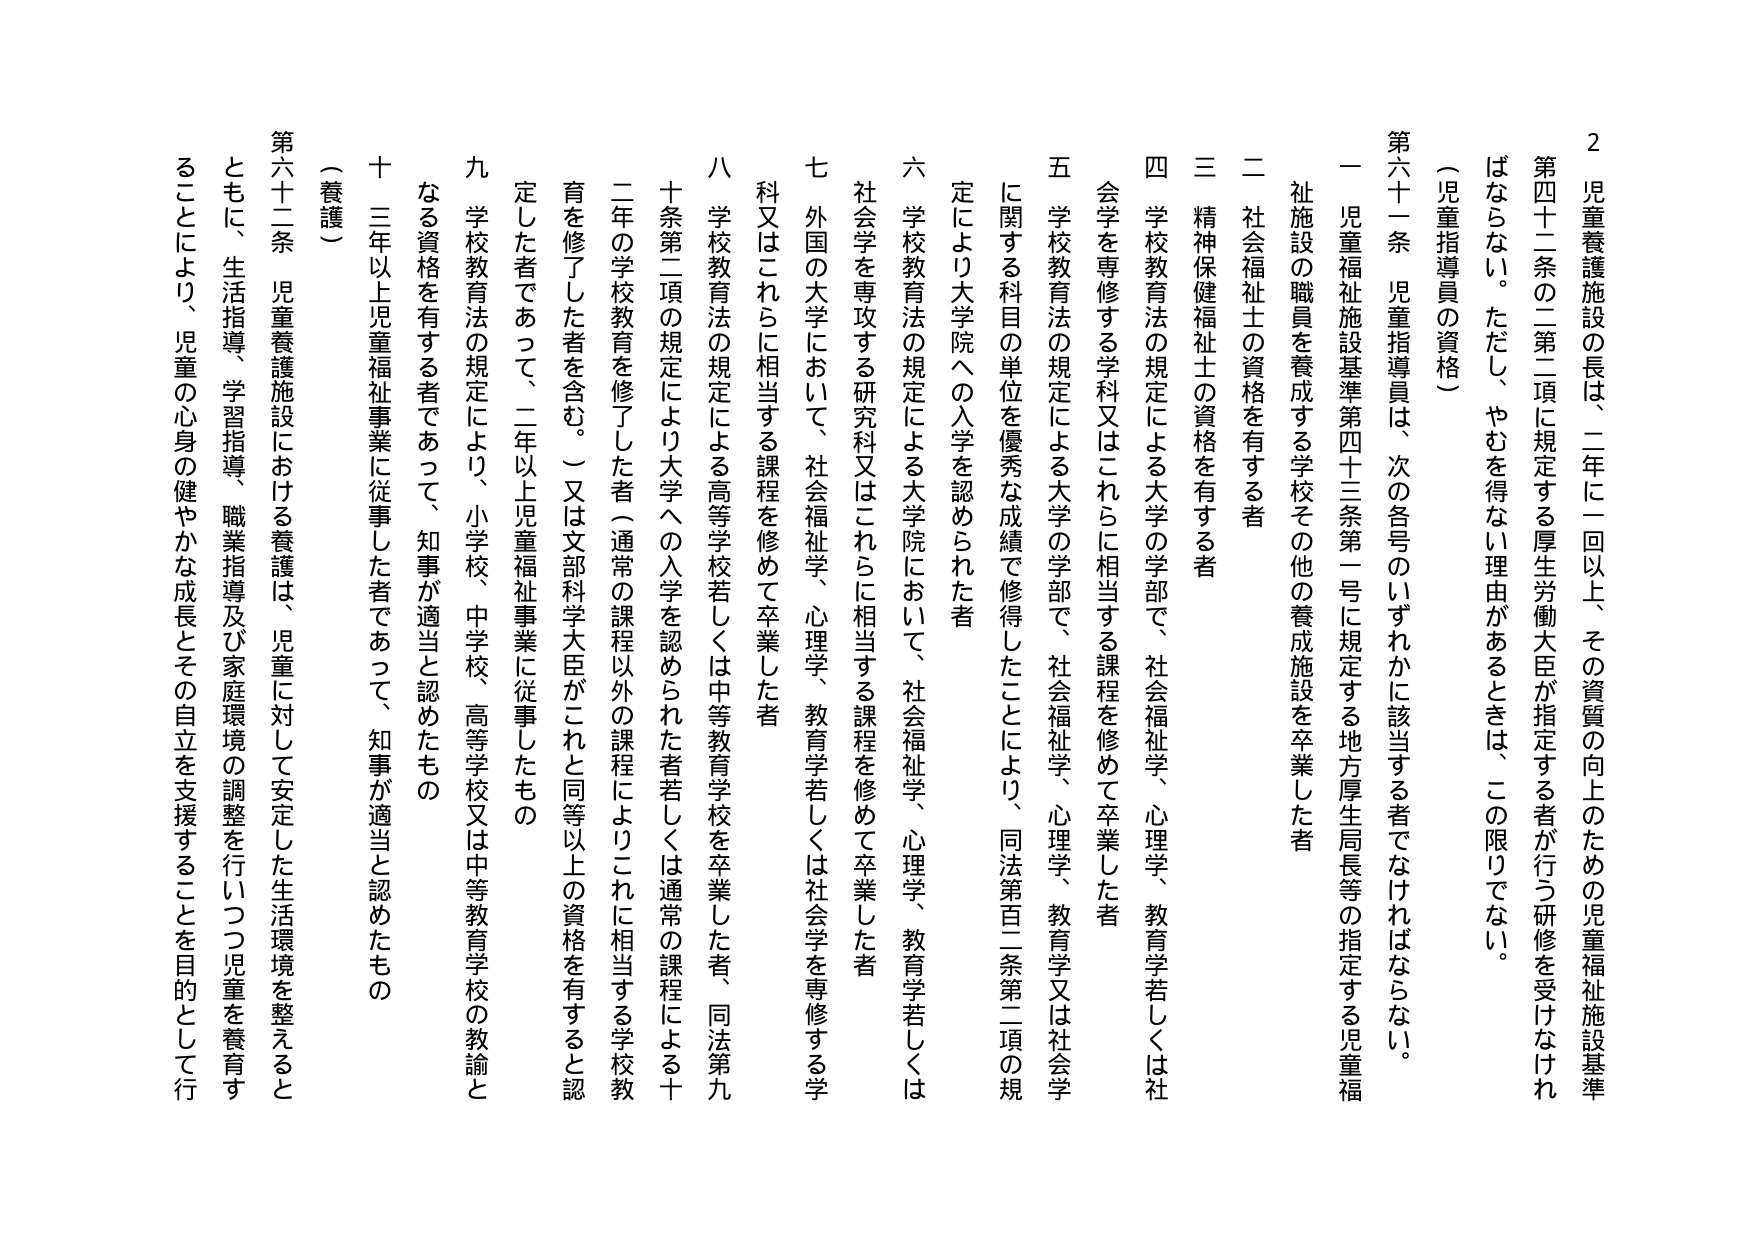
2 児童養護施設の長は、二年に一回以上、その資質の向上のための児童福祉施設基準第四十二条の二第二項に規定する厚生労働大臣が指定する者が行う研修を受けなければならない。ただし、やむを得ない理由があるときは、この限りでない。

（児童指導員の資格）

第六十一条 児童指導員は、次の各号のいずれかに該当する者でなければならない。

一 児童福祉施設基準第四十三条第一号に規定する地方厚生局長等の指定する児童福祉施設の職員を養成する学校その他の養成施設を卒業した者

二 社会福祉士の資格を有する者

三 精神保健福祉士の資格を有する者

四 学校教育法の規定による大学の学部で、社会福祉学、心理学、教育学若しくは社会学を専修する学科又はこれらに相当する課程を修めて卒業した者

五 学校教育法の規定による大学の学部で、社会福祉学、心理学、教育学又は社会学に関する科目の単位を優秀な成績で修得したことにより、同法第百二条第二項の規定により大学院への入学を認められた者

六 学校教育法の規定による大学院において、社会福祉学、心理学、教育学若しくは社会学を専攻する研究科又はこれらに相当する課程を修めて卒業した者

七 外国の大学において、社会福祉学、心理学、教育学若しくは社会学を専修する学科又はこれらに相当する課程を修めて卒業した者

八 学校教育法の規定による高等学校若しくは中等教育学校を卒業した者、同法第九十条第二項の規定により大学への入学を認められた者若しくは通常の課程による二年の学校教育を修了した者（通常の課程以外の課程によりこれに相当する学校教育を修了した者を含む。）又は文部科学大臣がこれと同等以上の資格を有すると認定した者であって、二年以上児童福祉事業に従事したもの

九 学校教育法の規定により、小学校、中学校、高等学校又は中等教育学校の教諭となる資格を有する者であって、知事が適当と認めたもの

十 三年以上児童福祉事業に従事した者であって、知事が適当と認めたもの

（養護）

第六十二条 児童養護施設における養護は、児童に対して安定した生活環境を整えるとともに、生活指導、学習指導、職業指導及び家庭環境の調整を行いつつ児童を養育することにより、児童の心身の健やかな成長とその自立を支援することを目的として行う。